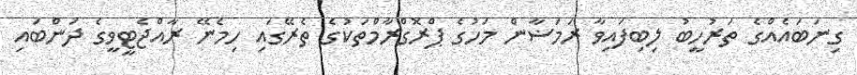
ގިނަބައެއްގެ ތަރުހީބު ލިބިފައިވާ ރަމަޟާން މަހުގެ ޕްރޮގްރާމްތަކުގެ ތެރޭގައި ހިމެނޭ ރާއްޖެޓީވީގެ ދަންބައި